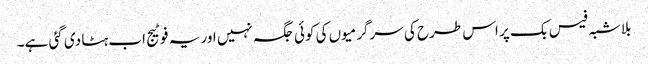
بلاشبہ فیس بک پر اس طرح کی سرگرمیوں کی کوئی جگہ نہیں اور یہ فوٹیج اب ہٹا دی گئی ہے۔